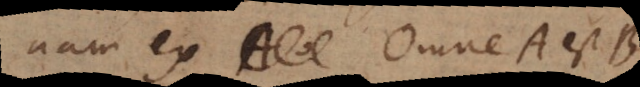
nam ex Omne A est B